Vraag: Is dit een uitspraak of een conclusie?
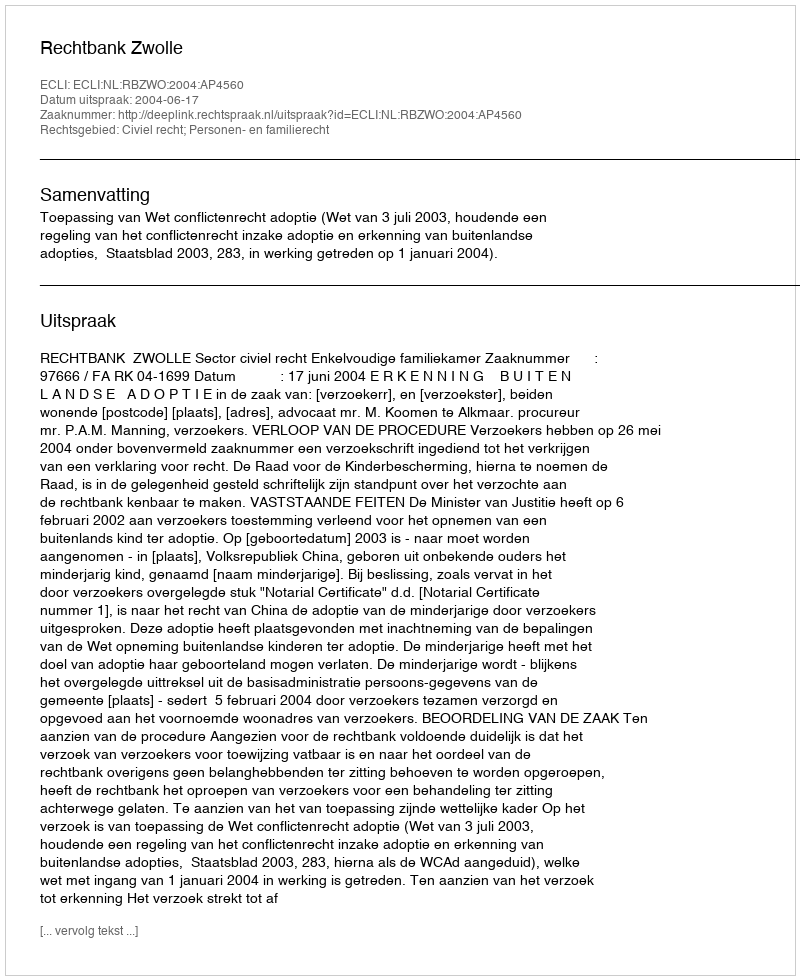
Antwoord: Uitspraak